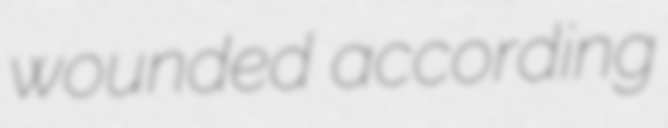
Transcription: wounded according